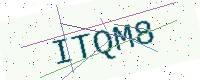
Text: ITQM8